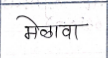
मजकूर: मेळावा